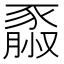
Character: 𧱮